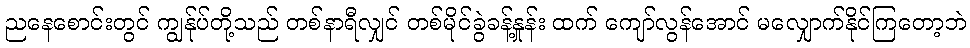
ညနေစောင်းတွင် ကျွန်ုပ်တို့သည် တစ်နာရီလျှင် တစ်မိုင်ခွဲခန့်နှုန်း ထက် ကျော်လွန်အောင် မလျှောက်နိုင်ကြတော့ဘဲ